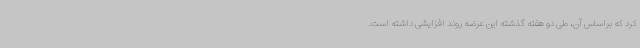
کرد که براساس آن، طی دو هفته گذشته این عرضه روند افزایشی داشته است.